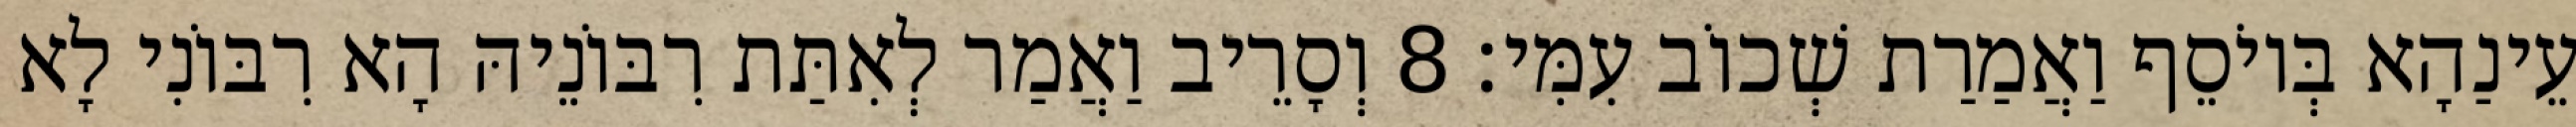
עֵינַהָא בְּיוֹסֵף וַאֲמַרַת שְׁכוֹב עִמִּי׃ 8 וְסָרֵיב וַאֲמַר לְאִתַּת רִבּוֹנֵיהּ הָא רִבּוֹנִי לָא